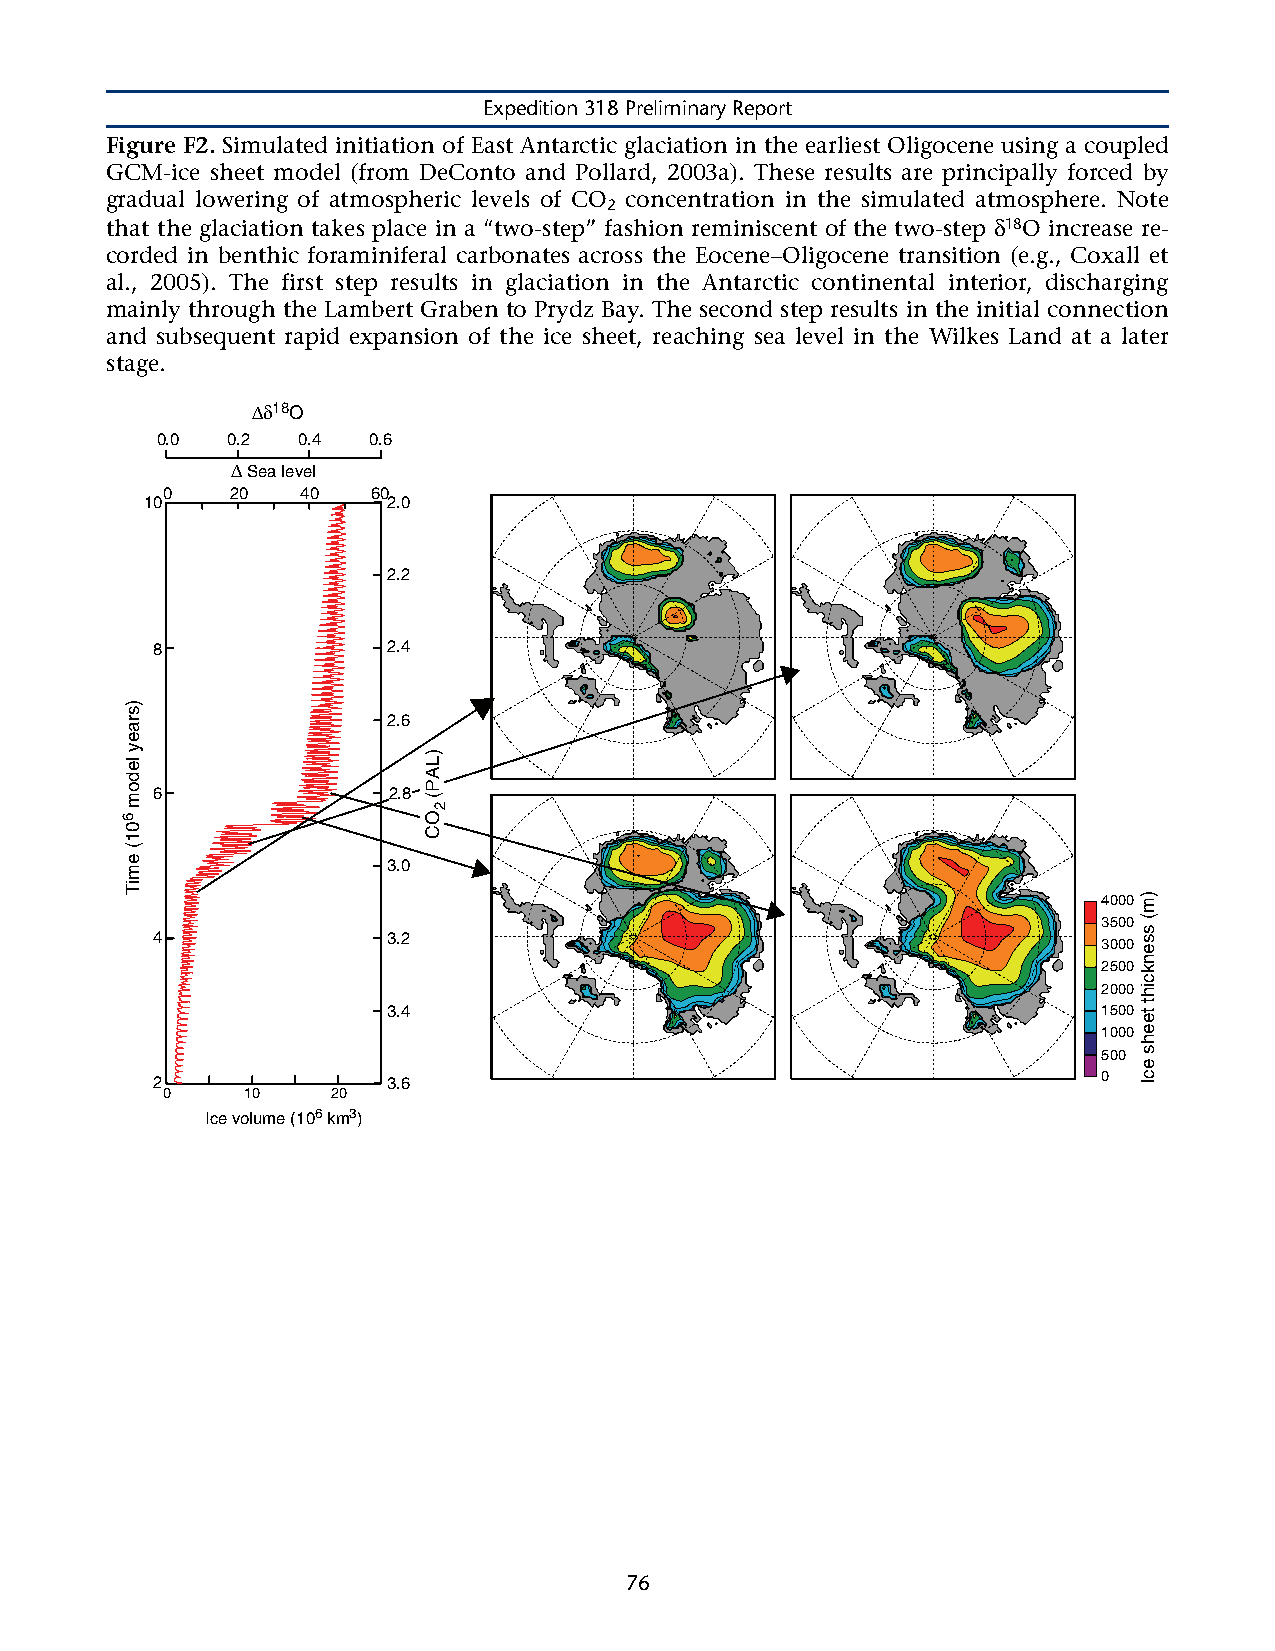
Expedition 318 Preliminary Report
 Figure F2. Simulated initiation of East Antarctic glaciation in the earliest Oligocene using a coupled
 GCM-ice sheet model (from DeConto and Pollard, 2003a). These results are principally forced by
 gradual lowering of atmospheric levels of CO concentration in the simulated atmosphere. Note
 2
 that the glaciation takes place in a “two-step” fashion reminiscent of the two-step δ18O increase re-
 corded in benthic foraminiferal carbonates across the Eocene–Oligocene transition (e.g., Coxall et
 al., 2005). The first step results in glaciation in the Antarctic continental interior, discharging
 mainly through the Lambert Graben to Prydz Bay. The second step results in the initial connection
 and subsequent rapid expansion of the ice sheet, reaching sea level in the Wilkes Land at a later
 stage.
 Δδ18O
 0.0  0.2  0.4 0.6
 Δ Sea level
 0   20   40   60
 10              2.0
 2.2
 8               2.4
 2.6
 6               2.8
 3.0
 4000
 3500
 4               3.2
 3000
 2500
 2000
 3.4                                            1500
 1000
 500
 2               3.6                                            0
 0    10    20
 Ice volume (106 km3)
 76
 )sraey
 ledom
 601(
 emiT
 )LAP(
 OC
 2
 )m(
 ssenkciht
 teehs
 ecI